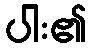
ပါး၏